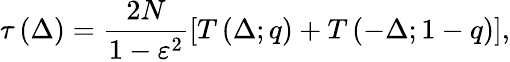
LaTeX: \tau\left(\Delta\right)=\frac{2N}{{1-\varepsilon^{2}}}\left[T\left(\Delta;q\right)+T\left(-\Delta;1-q\right)\right],